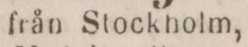
från Stockholm,